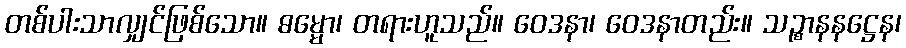
တစ်ပါးသာလျှင်ဖြစ်သော။ ဓမ္မော၊ တရားဟူသည်။ ဝေဒနာ၊ ဝေဒနာတည်း။ သဉ္စာနနဋ္ဌေန၊